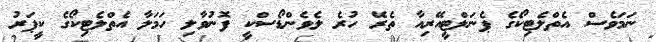
ނަމަވެސް އެތްލެޓިކޯގެ ޕެނަލްޓީއޭރިއާ ތެރޭ ހުރެ ލެވެންޑޯސްކީ ފޮނުވާލި ހަމަލާ އެތްލެޓިކޯގެ ކީޕަރު